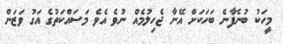
މީހަކުު ބުނެފާނެ ބަހަކަށް އޭނާ ޖެހިލުމެއް ނުވެ އެވެ މަސައްކަތުގެ އަގު ވަޒަން